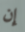
إن